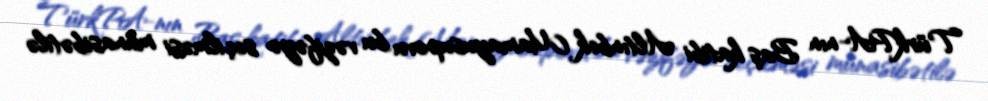
TürkPA-nın Baş katibi Altınbek Mamayusupovu bu vəzifəyə seçilməsi münasibətilə